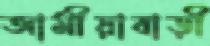
আমীয়াবাড়ী